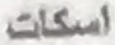
اسكات